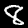
Digit: 8